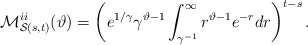
\begin{align*}\mathcal{M}^{ii}_{\mathcal{S}(s,t)}(\vartheta)=\left( e^{1/\gamma}\gamma^{\vartheta-1} \int_{ \gamma^{-1} }^{\infty} r^{\vartheta-1}e^{-r} dr \right)^{t-s}.\end{align*}